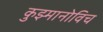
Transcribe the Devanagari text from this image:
कुझ्मानोविच